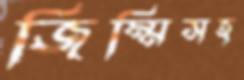
জিম্মিসহ